Report on vaccination North-West Frontier Province 1904-1922 - 1904-1922
Year: 1904
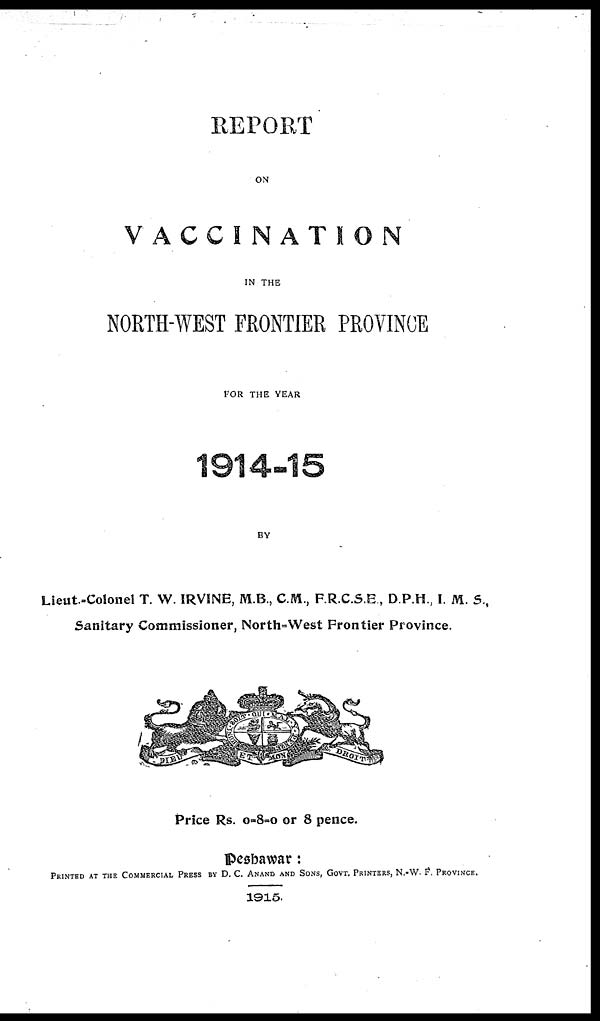
REPORT
ON
VACCINATION
IN THE
NORTH-WEST FRONTIER PROVINCE
FOR THE YEAR
1914-15
BY
Lieut.-Colonel T. W. IRVINE, M.B., C.M., F.R.C.S.E., D.P.H., I. M. S.,
Sanitary Commissioner, North-West Frontier Province.
Price Rs. 0-8-0 or 8 pence.
Peshawar :
PRINTED AT THE COMMERCIAL PRESS BY D. C. ANAND AND SONS, GOVT. PRINTERS, N.-W. F. PROVINCE.
1915.